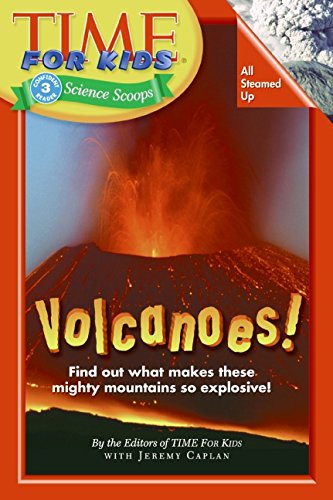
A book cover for Time For Kids: Volcanoes! (Time for Kids Science Scoops); Editors Of Time For Kids; Children's Books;